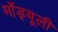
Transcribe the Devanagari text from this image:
मॉड्यूली